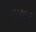
વાસાર